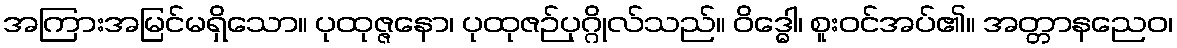
အကြားအမြင်မရှိသော။ ပုထုဇ္ဇနော၊ ပုထုဇဉ်ပုဂ္ဂိုလ်သည်။ ဝိဒ္ဓေါ၊ စူးဝင်အပ်၏။ အတ္တာနညေဝ၊